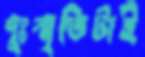
দুঃস্মৃতিটাই